Assam Mental Hospital (Tezpur, India) - 1933-1948
Year: 1933
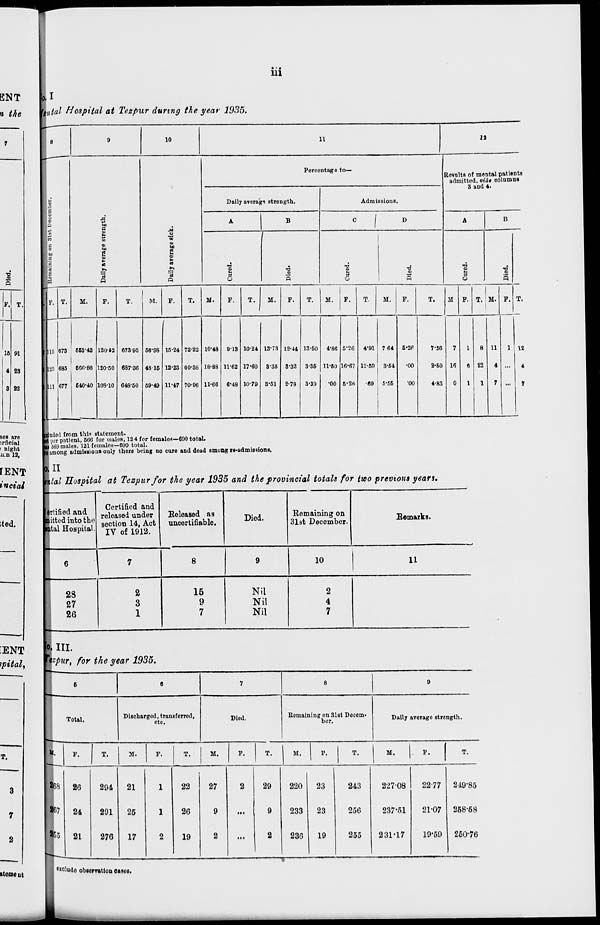
iii
No. I
Mental Hospital at Tezpur during the year 1935.
8
Remaining on 31st December.
M.
558
560
566
F.
115
125
111
T.
673
685
677
9
Daily
average strength.
M.
553.42
566.86
540.40
F.
120.52
120.50
108.10
T.
673.93
687.36
648.50
10
Daily average sick.
M.
56.98
48.16
59.49
F.
15.24
12.23
11.47
T.
72.22
60.38
70.96
11
Percentage to—
Daily average strength.
A
Cured.
M.
10.48
18.88
11.66
F.
9.13
11.62
6.48
T.
10.24
17.60
10.79
B
Died.
M.
13.73
3.35
3.51
F.
12.44
3.32
2.78
T.
13.50
3.35
3.39
Admissions.
C
Cured.
M.
4.86
11.50
.00
F.
5.26
16.67
5.26
T.
4.91
12.59
.69
D
Died.
M.
7.64
3.54
5.55
F.
5.26
.00
.00
T.
7.36
2.80
4.83
12
Results of mental patients
admitted, vide columns
3 and 4.
A
Cured.
M
7
16
0
F.
1
6
1
T.
8
22
1
B
Died.
M.
11
4
7
F.
1
...
...
T.
12
4
7
excluded from this statement.
feet per patient, 666 for males, 124 for females—690 total.
was 569 males, 121 females—690 total.
are among admissions only there being no core and dead among re-admissions.
No. II
mental Hospital at Tezpur for the year 1935 and the provincial totals for two previous years.
certified and
admitted into the
mental Hospital.
6
23
27
26
Certified and
released under
section 14, Act
IV of 1912.
7
2
3
1
Released as
uncertifiable.
8
15
9
7
Died.
9
Nil
Nil
Nil
Remaining on
31st December.
10
2
4
7
Remarks.
11
No. III.
Tezpur, for the year 1935.
5
Total.
M.
268
267
255
F.
26
24
21
T.
294
291
276
6
Discharged, transferred,
etc.
M.
21
25
17
F.
1
1
2
T.
22
26
19
7
Died.
M.
27
9
2
F.
2
...
...
T.
29
9
2
8
Remaining on 31st Decem-
ber.
M.
220
233
236
F.
23
23
19
T.
243
256
255
9
Daily average strength.
M.
227.08
237.51
231.17
F.
22.77
21.07
19.59
T.
249.85
258.58
250.76
exclude observation cases.